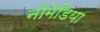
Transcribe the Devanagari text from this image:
नोमेडिया